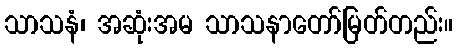
သာသနံ၊ အဆုံးအမ သာသနာတော်မြတ်တည်း။